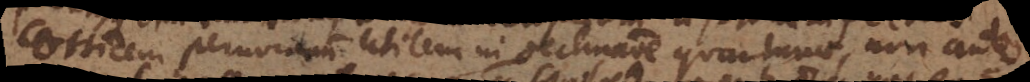
Corticem peruvianum utilem in declinatione quartanae, non ante